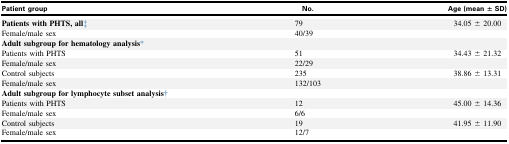
| Patient group | No. | Age (mean ± SD) |
 | --- | --- | --- |
 | Patients with PHTS, all‡ | 79 | 34.05 ± 20.00 |
 | Female/male sex | 40/39 |  |
 | Adult subgroup for hematology analysis∗ |  |  |
 | Patients with PHTS | 51 | 34.43 ± 21.32 |
 | Female/male sex | 22/29 |  |
 | Control subjects | 235 | 38.86 ± 13.31 |
 | Female/male sex | 132/103 |  |
 | Adult subgroup for lymphocyte subset analysis† |  |  |
 | Patients with PHTS | 12 | 45.00 ± 14.36 |
 | Female/male sex | 6/6 |  |
 | Control subjects | 19 | 41.95 ± 11.90 |
 | Female/male sex | 12/7 |  |